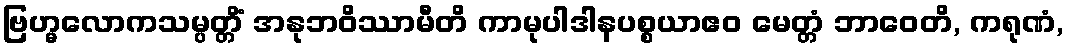
ဗြဟ္မလောကသမ္ပတ္တိံ အနုဘဝိဿာမီတိ ကာမုပါဒါနပစ္စယာဧဝ မေတ္တံ ဘာဝေတိ, ကရုဏံ,